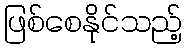
ဖြစ်စေနိုင်သည့်